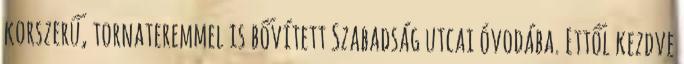
korszerű, tornateremmel is bővített Szabadság utcai óvodába. Ettől kezdve